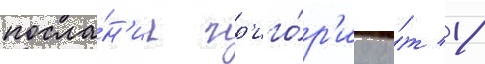
посла́н'ии гр'иго́р'иу о́т 18